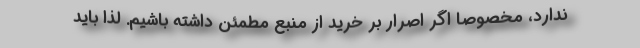
ندارد، مخصوصا اگر اصرار بر خرید از منبع مطمئن داشته باشیم. لذا باید